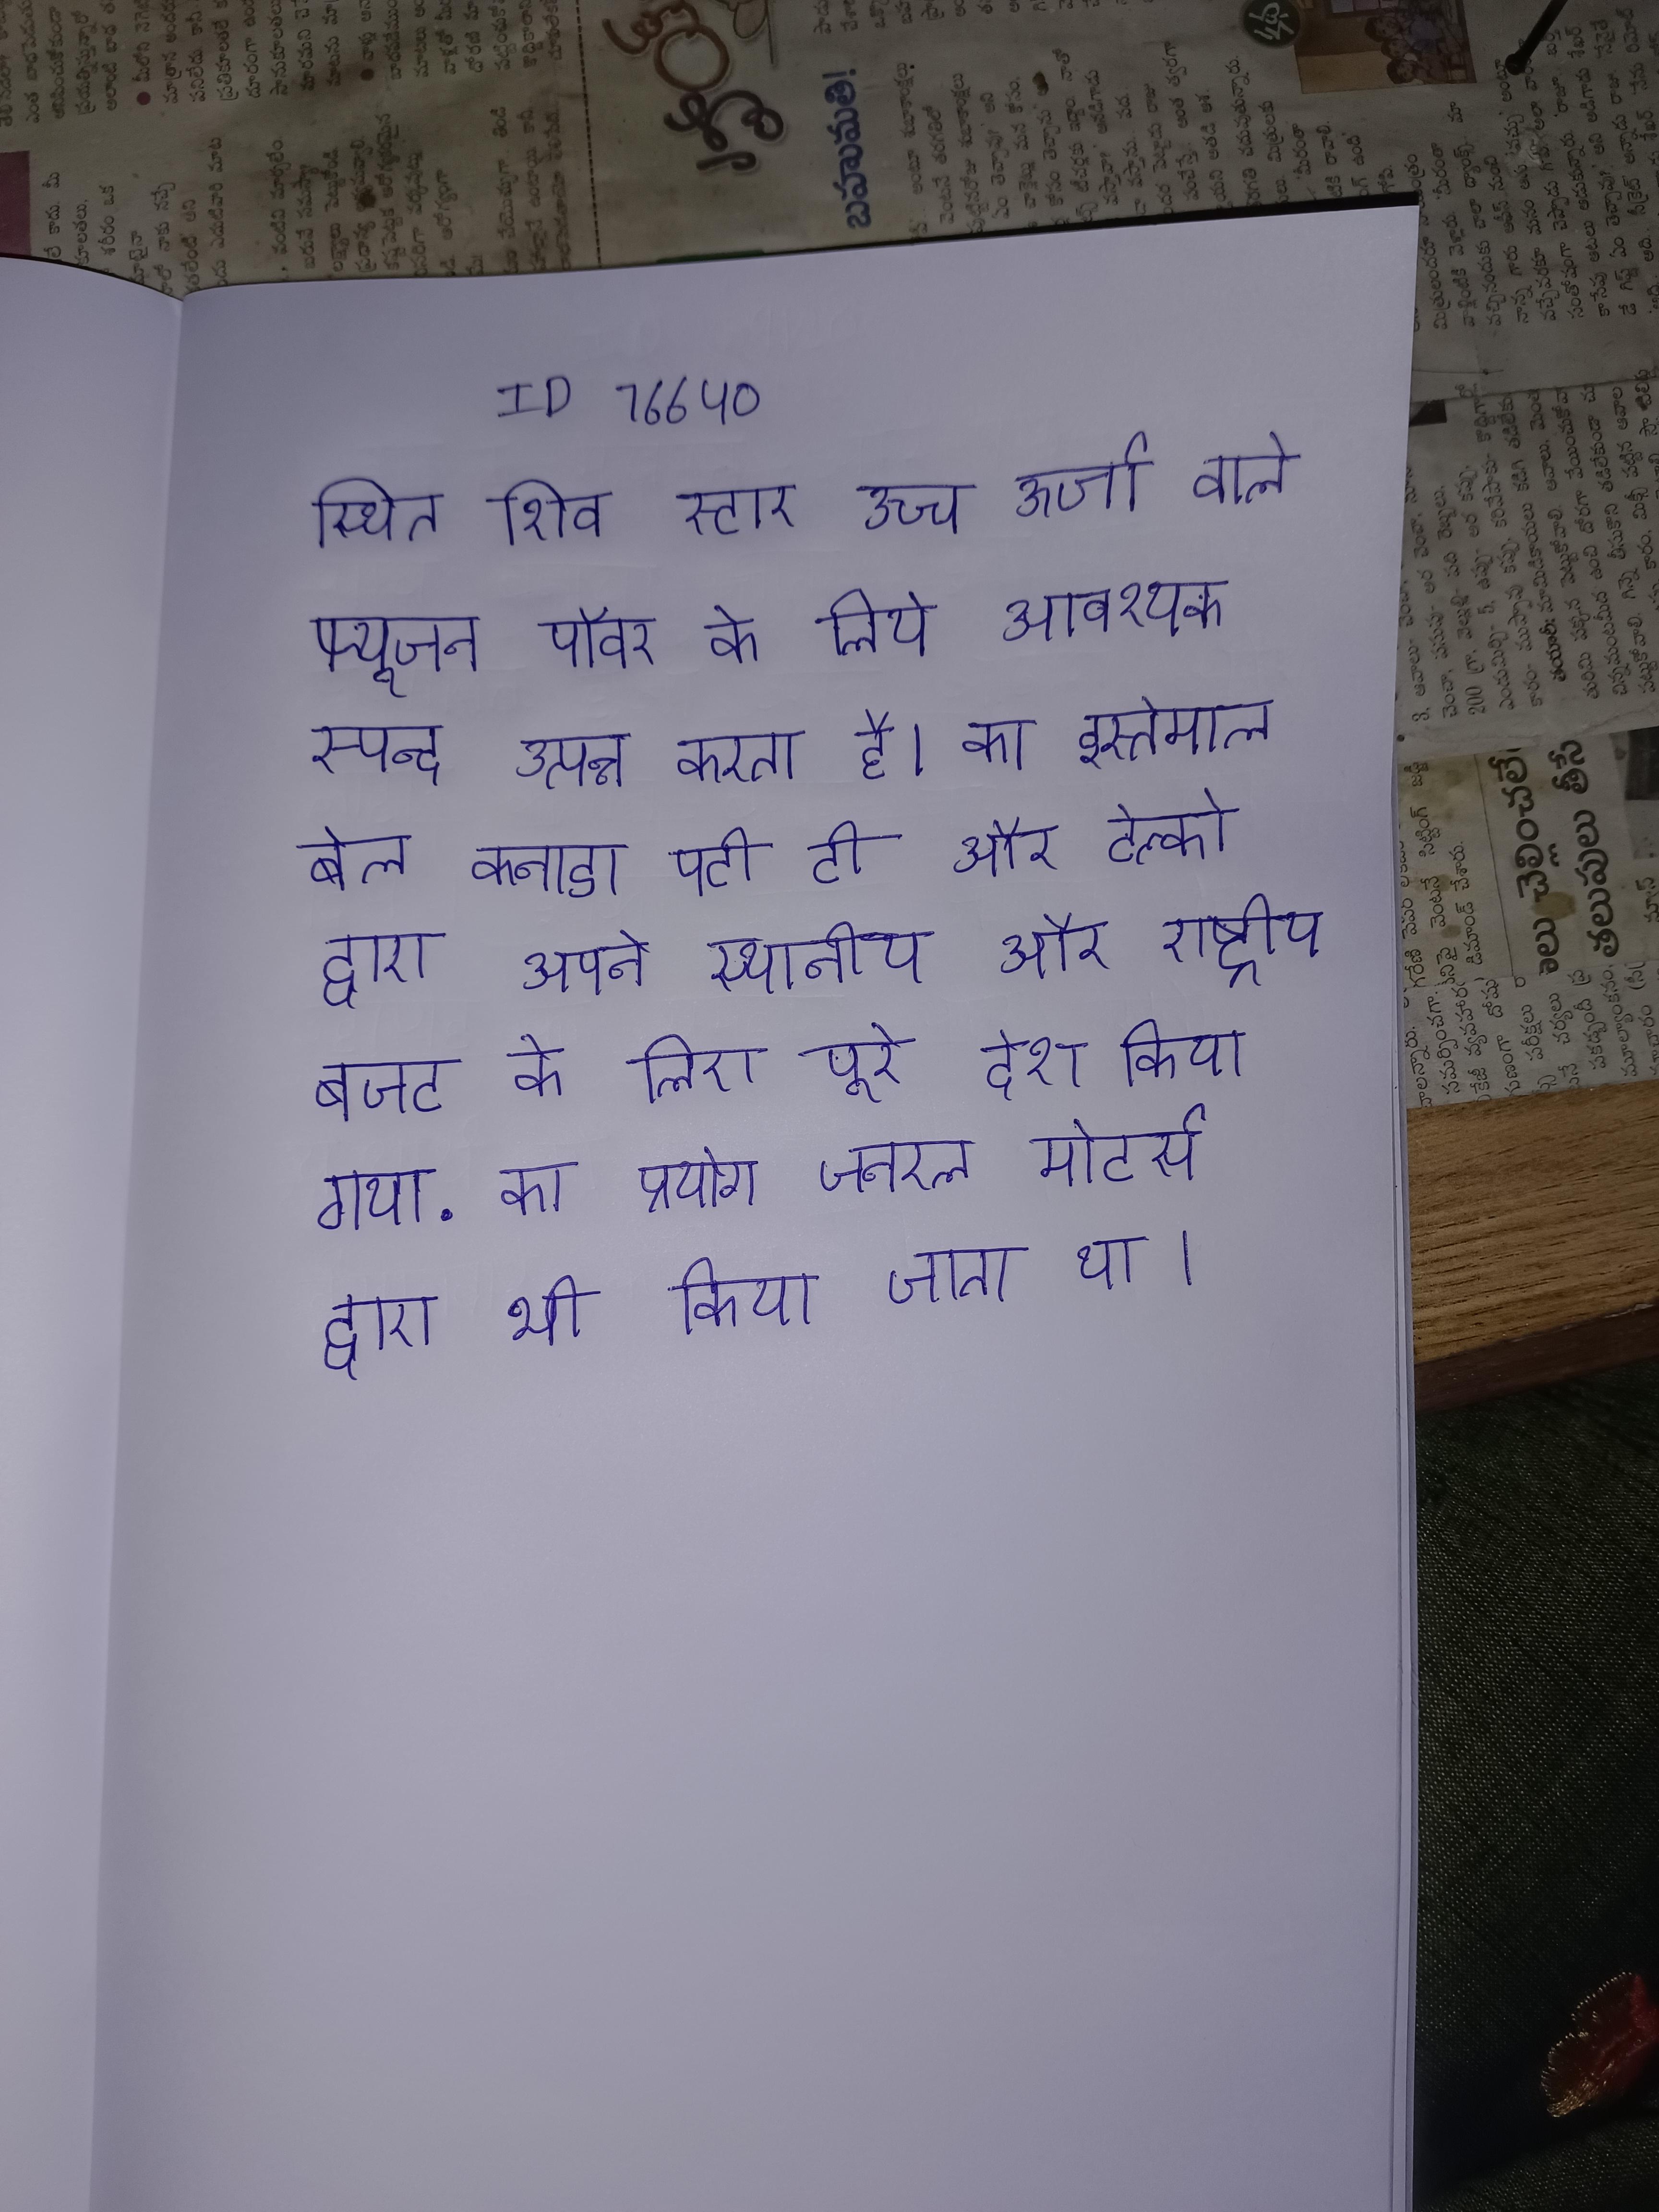
स्थित शिव स्टार उच्च ऊर्जा वाले फ्यूजन पॉवर के लिये आवश्यक स्पन्द उत्पन्न करता है । का इस्तेमाल बेल कनाडा एटी टी और टेल्को द्वारा अपने स्थानीय और राष्ट्रीय बजट के लिए पूरे देश किया गया . का प्रयोग जनरल मोटर्स द्वारा भी किया जाता था ।